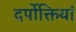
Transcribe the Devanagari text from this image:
दर्पोक्तियां